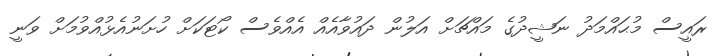
ރައީސް މުޙައްމަދު ނަޝީދުގެ މައްޗަށް އަލުން ދައުވާއެއް އެއްވެސް ކޯޓަކަށް ހުށަނުއެޅުއްވުމަށް ވަނީ